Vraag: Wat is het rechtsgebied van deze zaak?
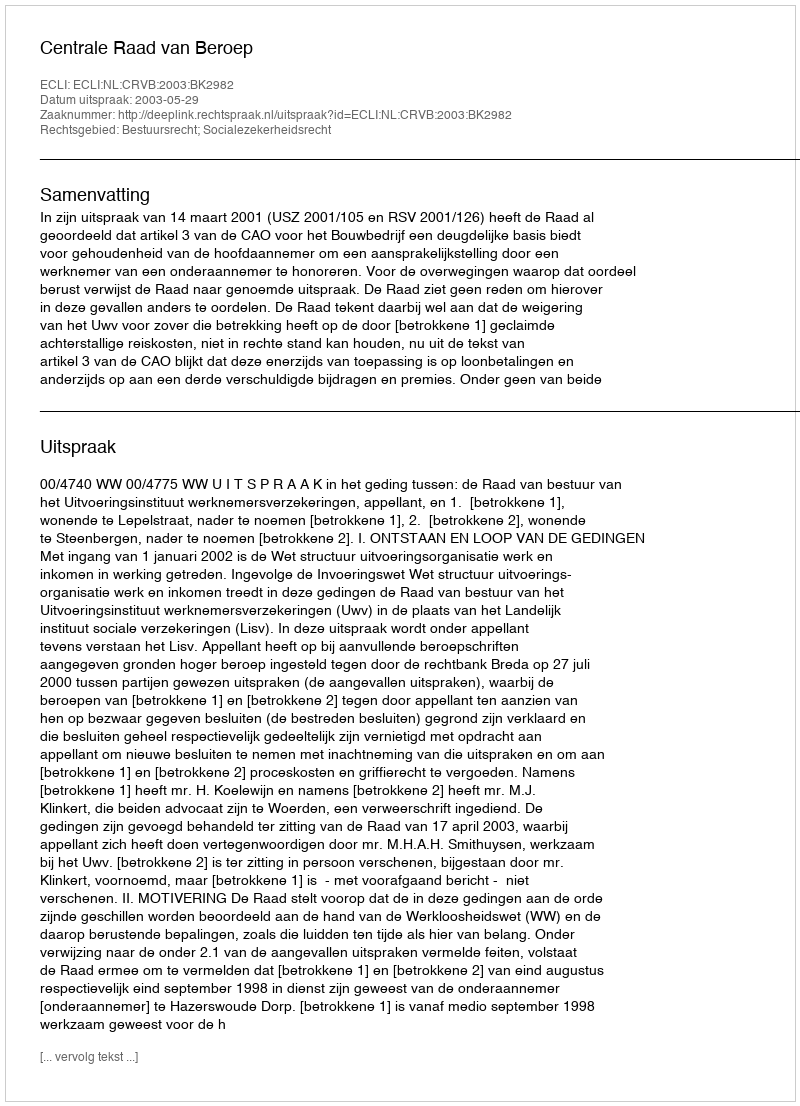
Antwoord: Bestuursrecht; Socialezekerheidsrecht